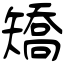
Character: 矯